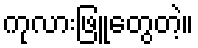
ကုလားဖြူတွေတဲ့။